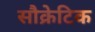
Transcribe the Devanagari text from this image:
सौक्रेटिक